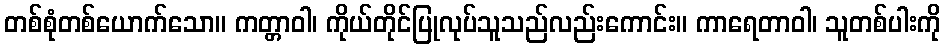
တစ်စုံတစ်ယောက်သော။ ကတ္တာဝါ၊ ကိုယ်တိုင်ပြုလုပ်သူသည်လည်းကောင်း။ ကာရေတာဝါ၊ သူတစ်ပါးကို